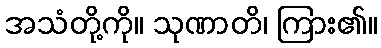
အသံတို့ကို။ သုဏာတိ၊ ကြား၏။